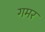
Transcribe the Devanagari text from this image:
गमर